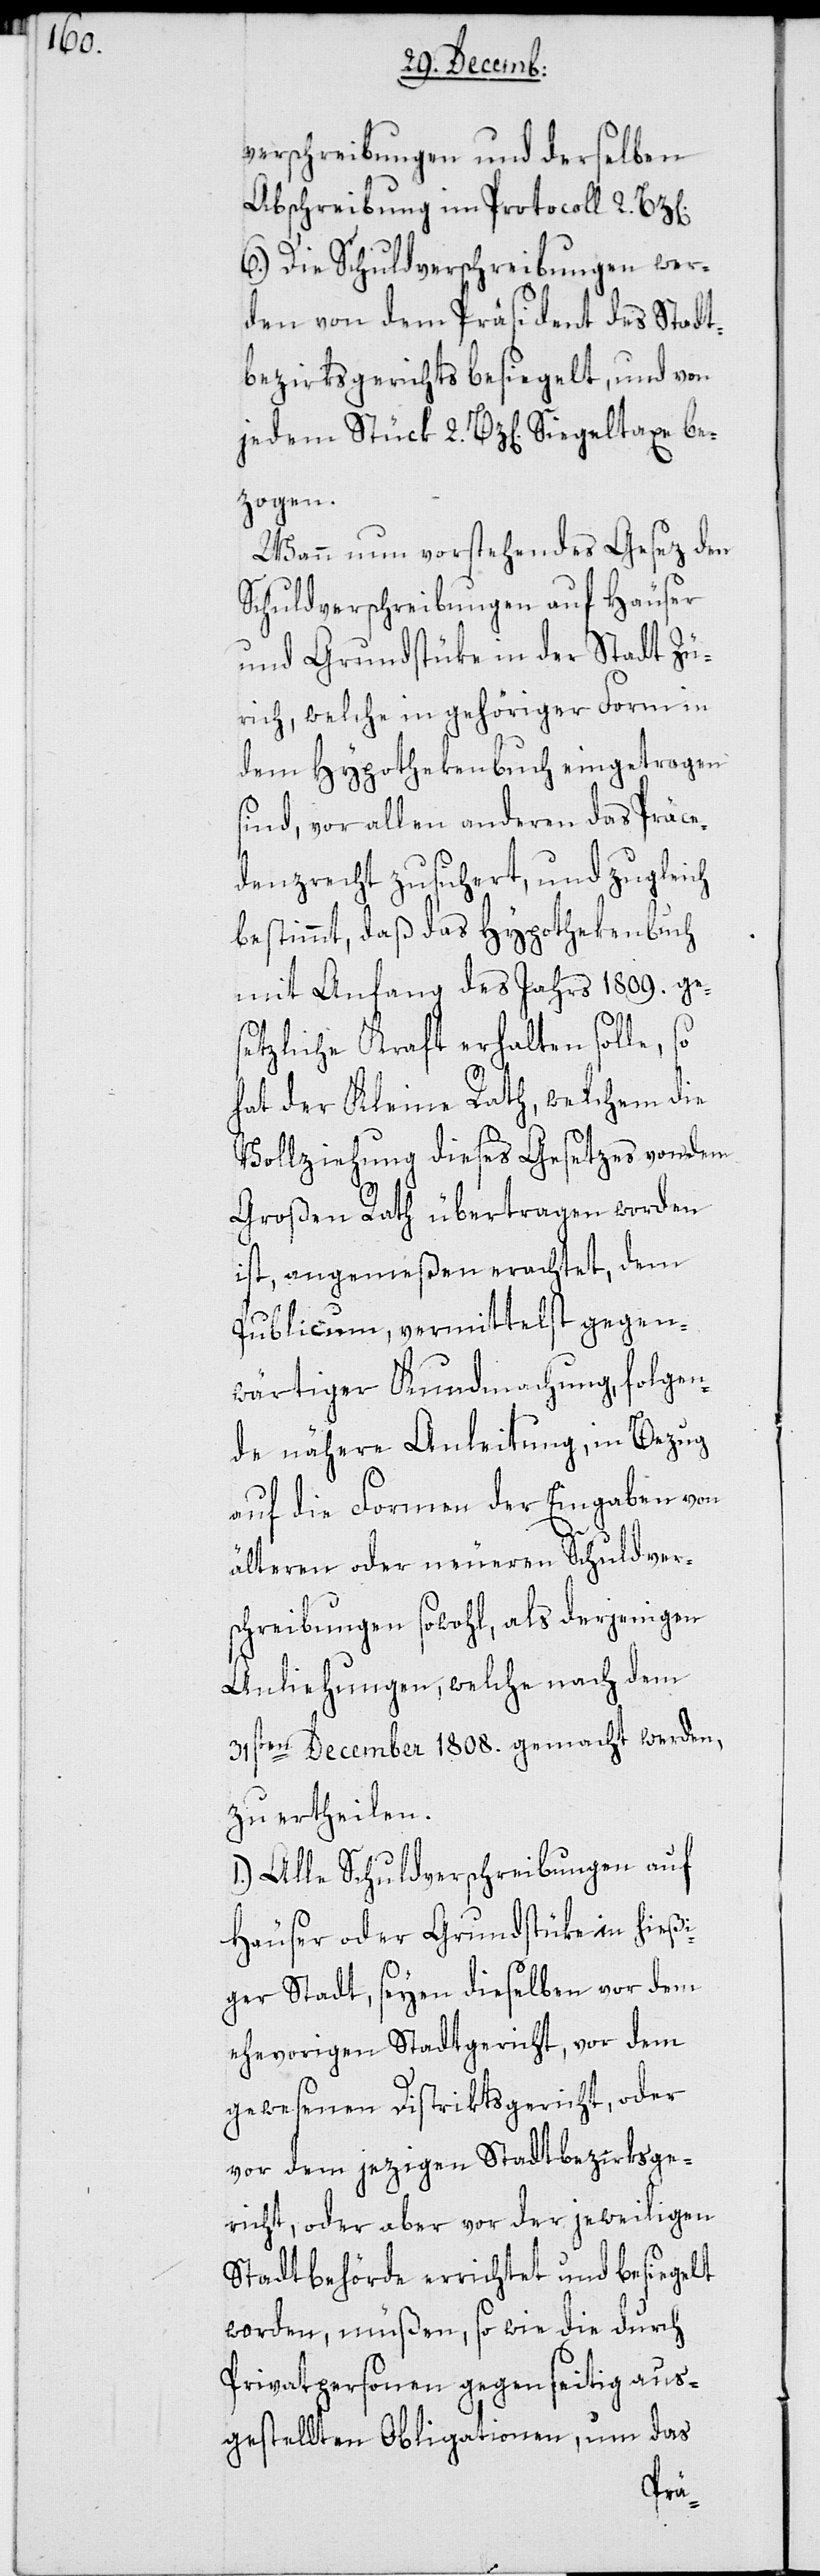
verschreibungen und derselben
Abschreibung im Protocoll 2.
6.) Die Schuldverschreibungen wer¬
den von dem Präsident des Stadt¬
bezirksgerichts besiegelt, und von
jedem Stück 2 Bz[en]. Siegeltaxe be¬
zogen.
Wann nun vorstehendes Gesetz den
Schuldverschreibungen auf Häuser
und Grundstüke in der Stadt Zü¬
rich, welche in gehöriger Form in
dem Hypothekenbuch eingetragen
sind, vor allen anderen das Präce¬
denzrecht zugesichert, und zugleich
bestimmt, daß das Hypothekenbuch
mit Anfang des Jahrs 1809. ge¬
setzliche Kraft erhalten solle, so
hat der Kleine Rath, welchem die
Vollziehung dieses Gesetzes von dem
Großen Rath übertragen worden
ist, angemeßen erachtet, dem
Publicum vermittelst gegen¬
wärtiger Kundmachung, folgen¬
de nähere Anleitung, in Bezug
auf die Formen der Eingaben von
älteren oder neueren Schuldver¬
schreibungen sowohl, als derjenigen
Anliehungen, welche nach dem
31sten December 1808 gemacht werden,
zu ertheilen.
1.) Alle Schuldverscheibungen auf
Häuser oder Grundstüke in hießi¬
ger Stadt, seyen dieselben vor dem
ehevorigen Stadtgericht, vor dem
gewesenenen Distriktsgericht, oder
vor dem jezigen Stadtbezirksge¬
richt oder aber vor der jeweiligen
Stadtbehörde errichtet und besiegelt
worden, müßen, so wie die durch
Privatpersonen gegenseitig aus¬
gestellten Obligationen, um das